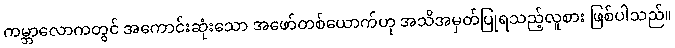
ကမ္ဘာလောကတွင် အကောင်းဆုံးသော အဖော်တစ်ယောက်ဟု အသိအမှတ်ပြုရသည့်လူစား ဖြစ်ပါသည်။